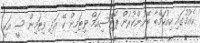
ކެއުމުގައި ކިއުކަމްބާ ބޭނުންކުރުން ޕޮޓޭސިއަމް ވިޓަމިން ކޭ އަދި ވިޓަމިން ސީ އަކީ